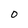
Character: 0